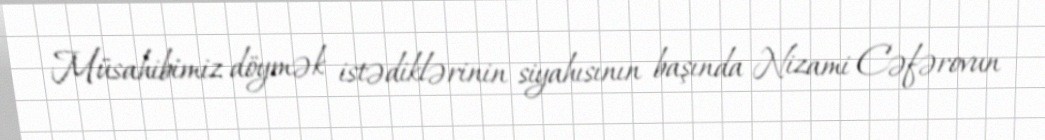
Müsahibimiz döymək istədiklərinin siyahısının başında Nizami Cəfərovun